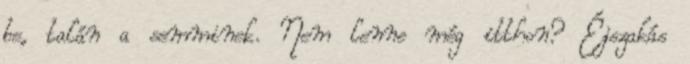
be, talán a semminek. Nem lenne még itthon? Éjszakás